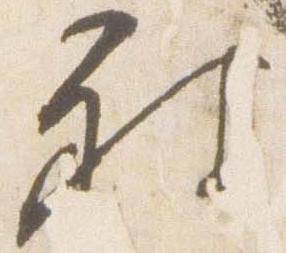
被